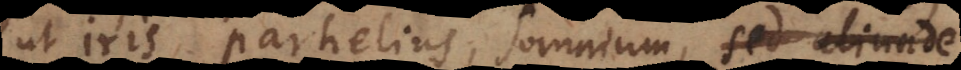
ut iris, parhelius, Somnium, sed aliunde